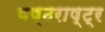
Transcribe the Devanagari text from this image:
षष्ठराष्ट्र